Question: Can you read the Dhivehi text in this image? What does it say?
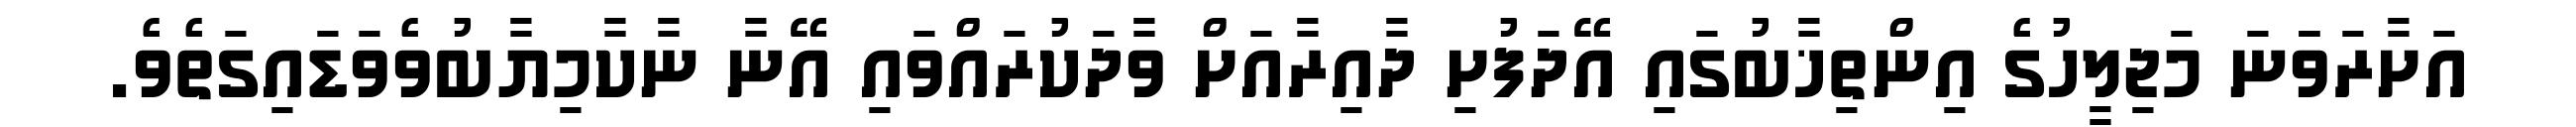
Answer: އަށާރަވަަނަ މަޖިލީހުގެ އިންތިޚާބުގައި އޭދަފުށި ދާއިރާއަށް ވާދަކުރައްވައި އޭނާ ނާކާމިޔާބުވެވަޑައިގަތެވެ.